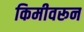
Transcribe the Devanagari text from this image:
किमीवरून